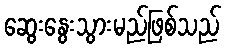
ဆွေးနွေးသွားမည်ဖြစ်သည်